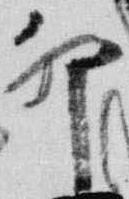
卯